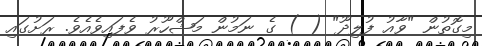
މިގޮތުން "ވާއު ފުލިދޫ" ( ) ގެ ނަމުން މަޝްހޫރު ވެފައިވެއެވެ. ރަށުގައި